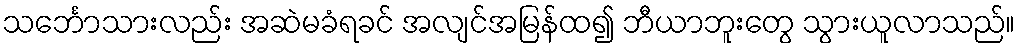
သင်္ဘောသားလည်း အဆဲမခံရခင် အလျင်အမြန်ထ၍ ဘီယာဘူးတွေ သွားယူလာသည်။